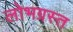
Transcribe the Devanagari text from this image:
लोभग्रस्त